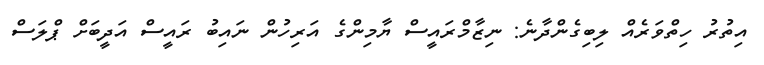
އިތުރު ހިތްވަރެއް ލިބިގެންދާނެ: ނިޒާމްރައީސް ޔާމިންގެ އަރިހުން ނައިބު ރައީސް އަދީބަށް ޕްލަސް